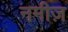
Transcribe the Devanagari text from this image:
नमीज़